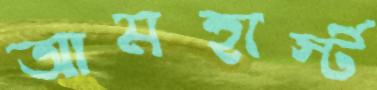
আমহার্স্ট